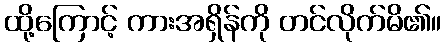
ထို့ကြောင့် ကားအရှိန်ကို တင်လိုက်မိ၏။